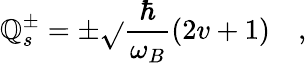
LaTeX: \mathbb{Q}_{s}^{\pm}=\pm\sqrt{}{{\frac{{\hbar}}{{\omega_{B}}}(2v+1)}}\quad,